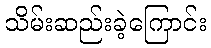
သိမ်းဆည်းခဲ့ကြောင်း